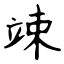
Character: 竦